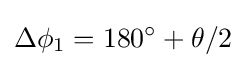
\Delta \phi _{1}=180^{\circ }+\theta /2